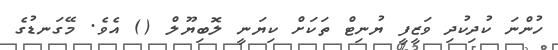
ހުންނަ ކުދިކުދި ވަޒީފީ ޔުނިޓް ތަކަށް ކިޔަނީ ލޮބިޔޫލް () އެވެ. މޭގަނޑުގެ